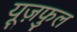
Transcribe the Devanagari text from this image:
यूज़फुल